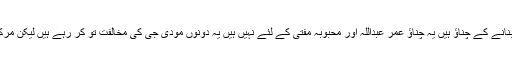
شہنواز نے کہا کہ رواں عام انتخابات نریندر مودی کو وزیر اعظم بنانے کے چناؤ ہیں یہ چناؤ عمر عبداللہ اور محبوبہ مفتی کے لئے نہیں ہیں یہ دونوں مودی جی کی مخالفت تو کر رہے ہیں لیکن مرکزمیں کس طرح کی سرکار بنے اس میں ان کا کوئی رول نہیں ہے۔